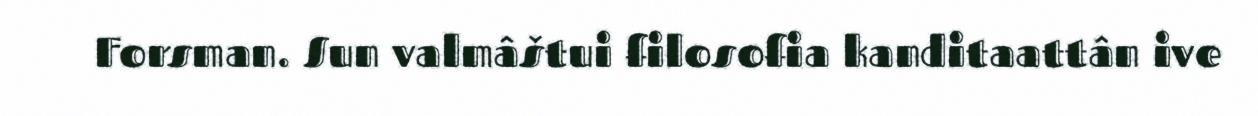
Forsman. Sun valmâštui filosofia kanditaattân ive